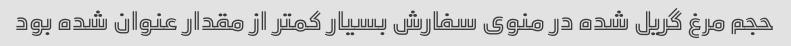
حجم مرغ گریل شده در منوی سفارش بسیار کمتر از مقدار عنوان شده بود